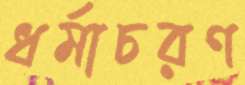
ধর্মাচরণ